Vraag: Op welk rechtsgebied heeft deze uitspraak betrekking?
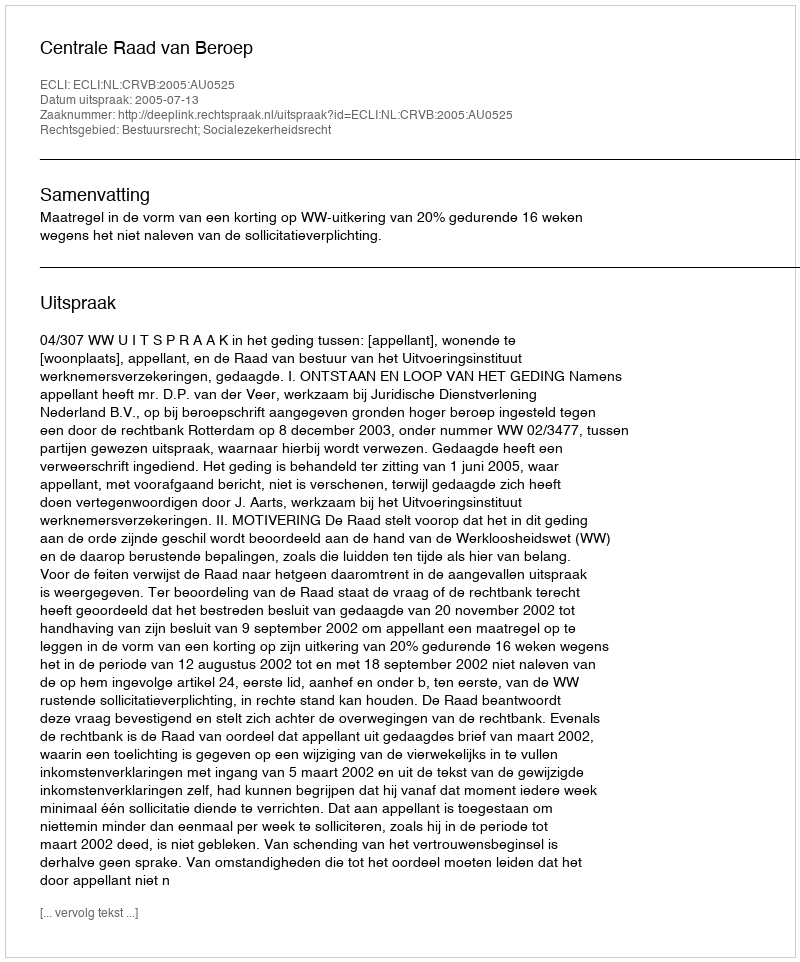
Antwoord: Bestuursrecht; Socialezekerheidsrecht